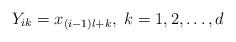
LaTeX: \begin{gather*}Y_{ik}= x_{(i-1)l + k},\ k=1,2,\ldots, d\end{gather*}